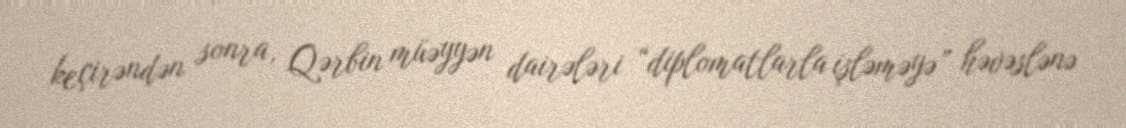
keçirəndən sonra, Qərbin müəyyən dairələri “diplomatlarla işləməyə” həvəslənə